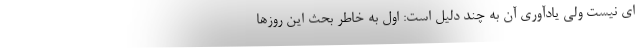
ای نیست ولی یادآوری آن به چند دلیل است: اول به خاطر بحث این روزها